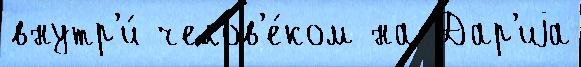
внутр'и́ челов'е́ком на Дар'иjа